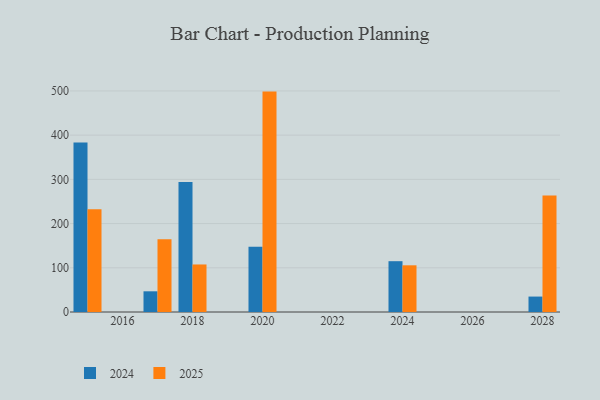
{"axis": {"x": "Year", "y": "Temperature (°C)"}, "legend": ["2024", "2025"], "data": [{"x": "2024", "y": 114.9, "type": "2024"}, {"x": "2024", "y": 105.6, "type": "2025"}, {"x": "2028", "y": 34.9, "type": "2024"}, {"x": "2028", "y": 263.6, "type": "2025"}, {"x": "2020", "y": 147.6, "type": "2024"}, {"x": "2020", "y": 498.5, "type": "2025"}, {"x": "2018", "y": 293.9, "type": "2024"}, {"x": "2018", "y": 107.5, "type": "2025"}, {"x": "2017", "y": 46.8, "type": "2024"}, {"x": "2017", "y": 164.3, "type": "2025"}, {"x": "2015", "y": 383.6, "type": "2024"}, {"x": "2015", "y": 232.6, "type": "2025"}]}